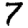
Digit: 7